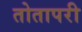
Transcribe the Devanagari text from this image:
तोतापरी